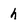
Character: h